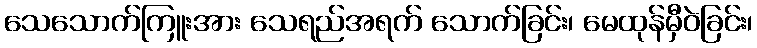
သေသောက်ကြူးအား သေရည်အရက် သောက်ခြင်း၊ မေထုန်မှီဝဲခြင်း၊